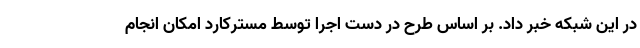
در این شبکه خبر داد. بر اساس طرح در دست اجرا توسط مسترکارد امکان انجام